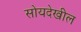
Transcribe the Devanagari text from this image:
सोयदेखील